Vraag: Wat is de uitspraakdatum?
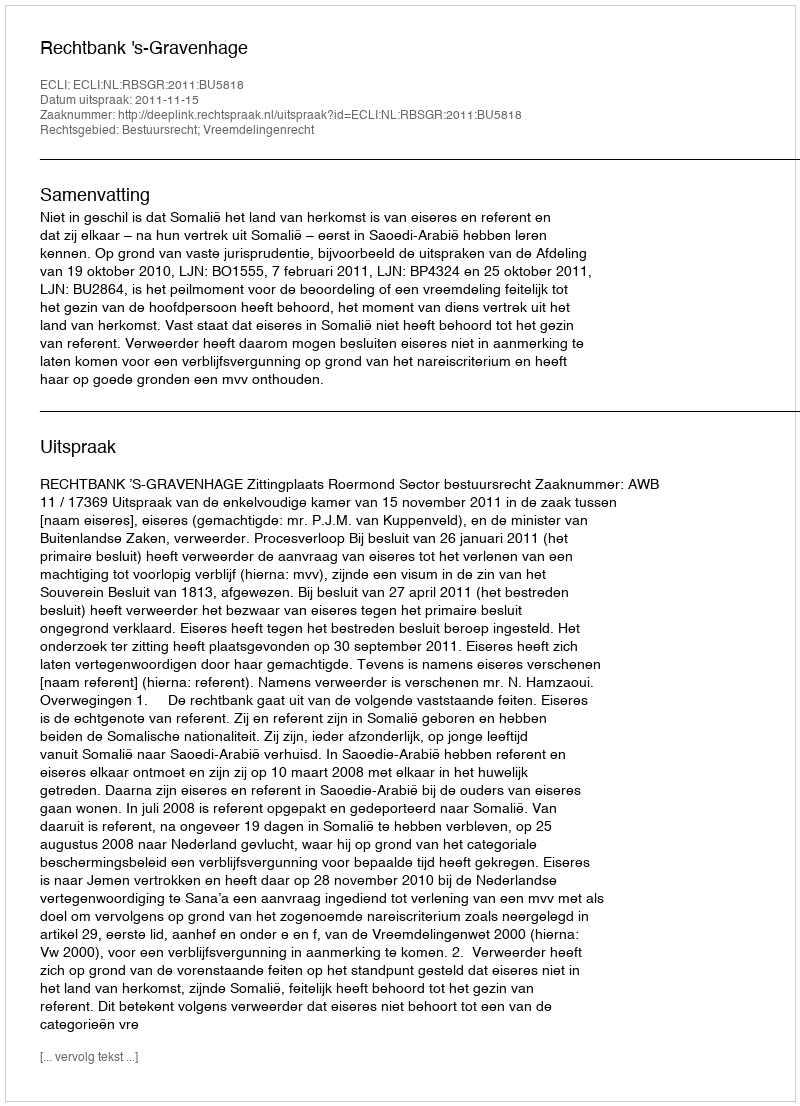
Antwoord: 2011-11-15